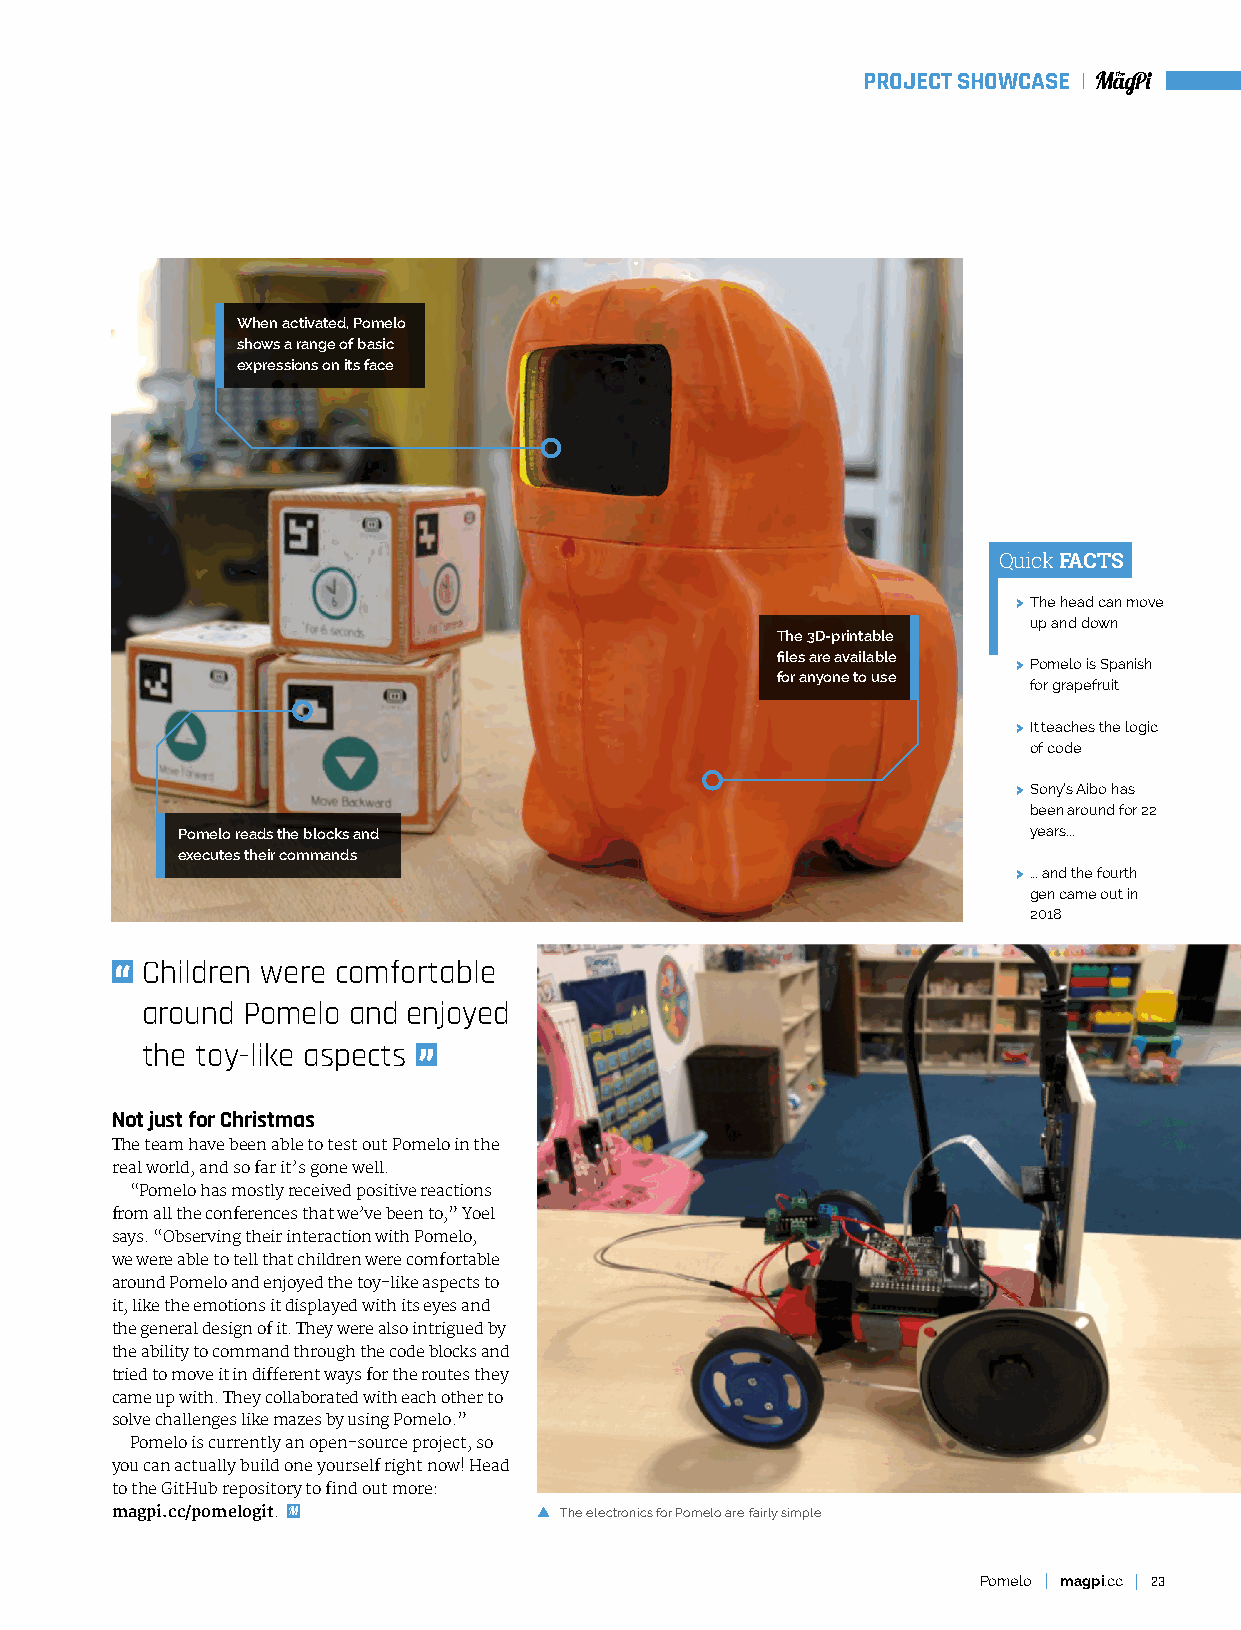
PROJECT SHOWCASE
 When activated, Pomelo
 shows a range of basic
 expressions on its face
 Quick FACTS
 > The head can move
 up and down
 The 3D-printable
 files are available
 > Pomelo is Spanish
 for anyone to use
 for grapefruit
 > It teaches the logic
 of code
 > Sony’s Aibo has
 been around for 22
 Pomelo reads the blocks and                             years...
 executes their commands
 > ... and the fourth
 gen came out in
 2018
 Children were comfortable
 around Pomelo and enjoyed
 the toy-like aspects
 Not just for Christmas
 The team have been able to test out Pomelo in the
 real world, and so far it’s gone well.
 “Pomelo has mostly received positive reactions
 from all the conferences that we’ve been to,” Yoel
 says. “Observing their interaction with Pomelo,
 we were able to tell that children were comfortable
 around Pomelo and enjoyed the toy-like aspects to
 it, like the emotions it displayed with its eyes and
 the general design of it. They were also intrigued by
 the ability to command through the code blocks and
 tried to move it in different ways for the routes they
 came up with. They collaborated with each other to
 solve challenges like mazes by using Pomelo.”
 Pomelo is currently an open-source project, so
 you can actually build one yourself right now! Head
 to the GitHub repository to find out more:
 magpi.cc/pomelogit.           The electronics for Pomelo are fairly simple
 Pomelo magpi.cc 23